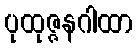
ပုထုဇ္ဇနဂါထာ